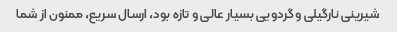
شیرینی نارگیلی و گردویی بسیار عالی و تازه بود، ارسال سریع، ممنون از شما